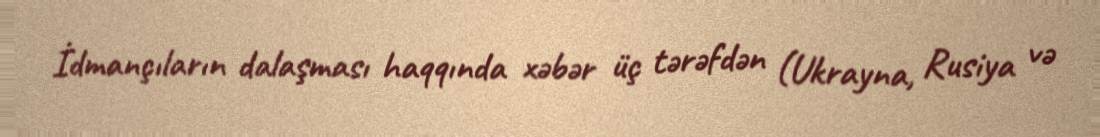
İdmançıların dalaşması haqqında xəbər üç tərəfdən (Ukrayna, Rusiya və